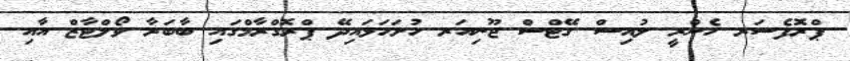
ޕްރޮފެސަރ ހެންރީ ލުއިސް ގޭޓްސް ޖޫނިއަރ ހުށަހަޅައިދޭ ޕްރޮގްރާމްގައި ބާބަރާ ވޯލްޓާޒް އާއި